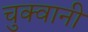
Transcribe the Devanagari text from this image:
चुक्वानी